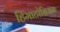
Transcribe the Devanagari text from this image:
हिमाटोबियम